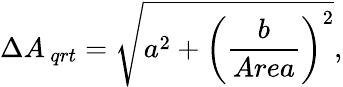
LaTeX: \Delta{{A_{\, qrt}}}=\sqrt{a^{2}+\left(\frac{b}{Area}\right)^{2}},